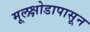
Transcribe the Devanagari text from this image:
मूलक्षोडापासून